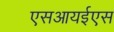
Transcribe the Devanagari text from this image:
एसआयईएस